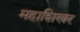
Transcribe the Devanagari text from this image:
महाशिखर